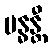
ဗန္ဓန္တီ